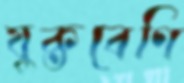
যুক্তবেণি